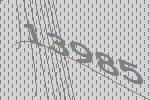
13985